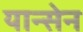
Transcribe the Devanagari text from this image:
यान्सेन